system: You are a helpful assistant.
user:
Analyze the provided spectrum to determine if it is a **M-type Giant (gM)**.

A M-type Giant spectrum is defined by its **strong molecular absorption** features, particularly from **Titanium Oxide (TiO)**. You must check for one of the following mutually exclusive signatures:

- **Key Visual Indicators (Absorption-Dominated Spectrum):**

    - **(Primary):** The spectrum is dominated by strong molecular absorption from **Titanium Oxide (TiO)**. This is the **defining feature** of its M-type temperature class.
        - **(Key Bandheads):** Look for sharp, "saw-tooth" absorption valleys. The strongest are located near **~7050 Å**, **~6160 Å**, and **~5170 Å**.
        - **(Line Profile):** The "saw-tooth" morphology is critical: a **sharp, steep drop on the BLUE (short-wavelength) side** of the bandhead, followed by a gradual recovery (rising flux) towards the RED (long-wavelength) side.

    - **(Key Confirmation - Giant vs. Dwarf):** **ABSENCE** of strong **Calcium Hydride (CaH)** molecular bands. This is the primary diagnostic for *excluding* M-dwarfs.
        - **(Key Region):** The spectrum should lack the strong, broad absorption band seen in dwarfs between **~6800 Å and ~7000 Å**.

    - **(Secondary Confirmation - Giant):** A very strong and broad **Neutral Calcium (Ca I)** atomic absorption line.
        - **(Key Line):** Located at **~4226 Å**. In a giant (gM), this line is significantly deeper and broader than the same line in an M-dwarf (dM) due to low surface gravity.

    - **(Overall Spectrum):**
        - The continuum is **extremely red-sloping** (i.e., flux is very low in the blue and rises dramatically towards the red).
        - The entire spectrum appears "chopped up" by the deep TiO bands.

Think first, call **spectral_visualization_tool** if needed to examine features in detail, then provide your final answer. Your response must adhere to the following strict rules:
1.  **Overall Structure:** Your response must follow the format `<think>...</think> <tool_call>...</tool_call> (if a tool is used) <answer>...</answer>`.
2.  **Tool Usage Constraint:** You may only make **one** tool call per turn.
3.  **Final Answer Format:** In the `<answer>` tag, your conclusion must be inside a `\boxed{}` command (e.g., `\boxed{YES}` or `\boxed{NO}`), followed by your justification.

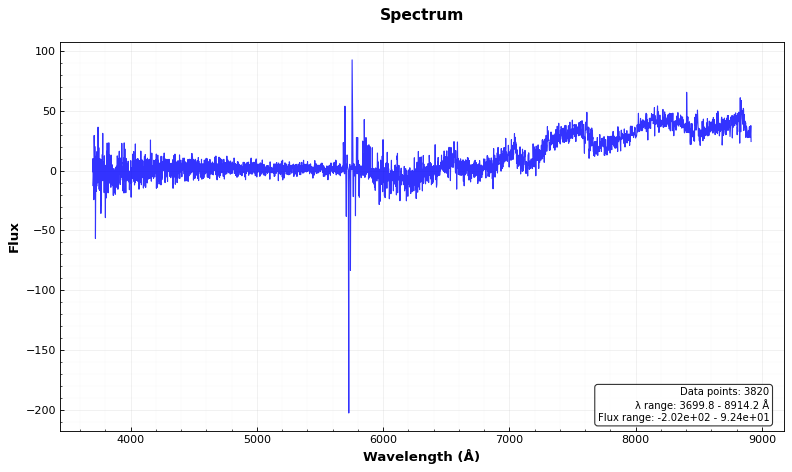
Answer: NO